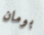
بومان